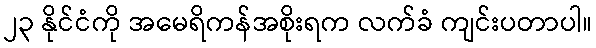
၂၃ နိုင်ငံကို အမေရိကန်အစိုးရက လက်ခံ ကျင်းပတာပါ။